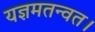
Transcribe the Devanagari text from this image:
यज्ञमतन्वत।